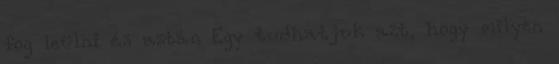
fog leülni és aztán Egy tudhatjuk azt, hogy milyen